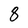
Character: 8